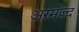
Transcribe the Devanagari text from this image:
अरमज़्द